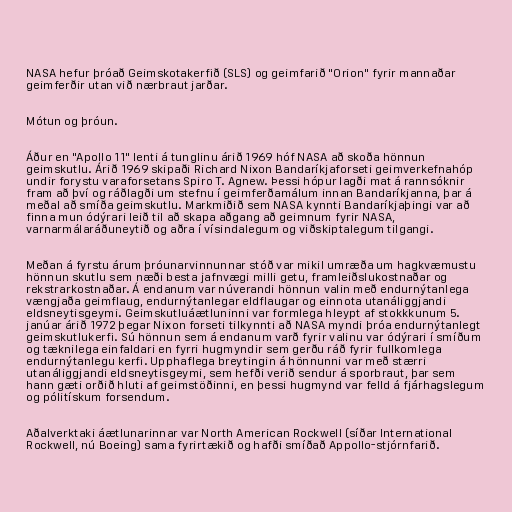
NASA hefur þróað Geimskotakerfið (SLS) og geimfarið "Orion" fyrir mannaðar
geimferðir utan við nærbraut jarðar.

Mótun og þróun.

Áður en "Apollo 11" lenti á tunglinu árið 1969 hóf NASA að skoða hönnun
geimskutlu. Árið 1969 skipaði Richard Nixon Bandaríkjaforseti geimverkefnahóp
undir forystu varaforsetans Spiro T. Agnew. Þessi hópur lagði mat á rannsóknir
fram að því og ráðlagði um stefnu í geimferðamálum innan Bandaríkjanna, þar á
meðal að smíða geimskutlu. Markmiðið sem NASA kynnti Bandaríkjaþingi var að
finna mun ódýrari leið til að skapa aðgang að geimnum fyrir NASA,
varnarmálaráðuneytið og aðra í vísindalegum og viðskiptalegum tilgangi.

Meðan á fyrstu árum þróunarvinnunnar stóð var mikil umræða um hagkvæmustu
hönnun skutlu sem næði besta jafnvægi milli getu, framleiðslukostnaðar og
rekstrarkostnaðar. Á endanum var núverandi hönnun valin með endurnýtanlega
vængjaða geimflaug, endurnýtanlegar eldflaugar og einnota utanáliggjandi
eldsneytisgeymi. Geimskutluáætluninni var formlega hleypt af stokkkunum 5.
janúar árið 1972 þegar Nixon forseti tilkynnti að NASA myndi þróa endurnýtanlegt
geimskutlukerfi. Sú hönnun sem á endanum varð fyrir valinu var ódýrari í smíðum
og tæknilega einfaldari en fyrri hugmyndir sem gerðu ráð fyrir fullkomlega
endurnýtanlegu kerfi. Upphaflega breytingin á hönnunni var með stærri
utanáliggjandi eldsneytisgeymi, sem hefði verið sendur á sporbraut, þar sem
hann gæti orðið hluti af geimstöðinni, en þessi hugmynd var felld á fjárhagslegum
og pólitískum forsendum.

Aðalverktaki áætlunarinnar var North American Rockwell (síðar International
Rockwell, nú Boeing) sama fyrirtækið og hafði smíðað Appollo-stjórnfarið.